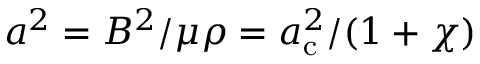
a ^ { 2 } = B ^ { 2 } / \mu \rho = a _ { \mathrm { c } } ^ { 2 } / ( 1 + \chi )